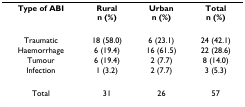
| Type of ABI | Ruraln (%) | Urbann (%) | Totaln (%) |
 | --- | --- | --- | --- |
 | Traumatic | 18 (58.0) | 6 (23.1) | 24 (42.1) |
 | Haemorrhage | 6 (19.4) | 16 (61.5) | 22 (28.6) |
 | Tumour | 6 (19.4) | 2 (7.7) | 8 (14.0) |
 | Infection | 1 (3.2) | 2 (7.7) | 3 (5.3) |
 | Total | 31 | 26 | 57 |